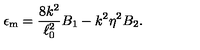
\epsilon _ { \mathrm { m } } = { \frac { 8 k ^ { 2 } } { \ell _ { 0 } ^ { 2 } } } B _ { 1 } - k ^ { 2 } \eta ^ { 2 } B _ { 2 } .